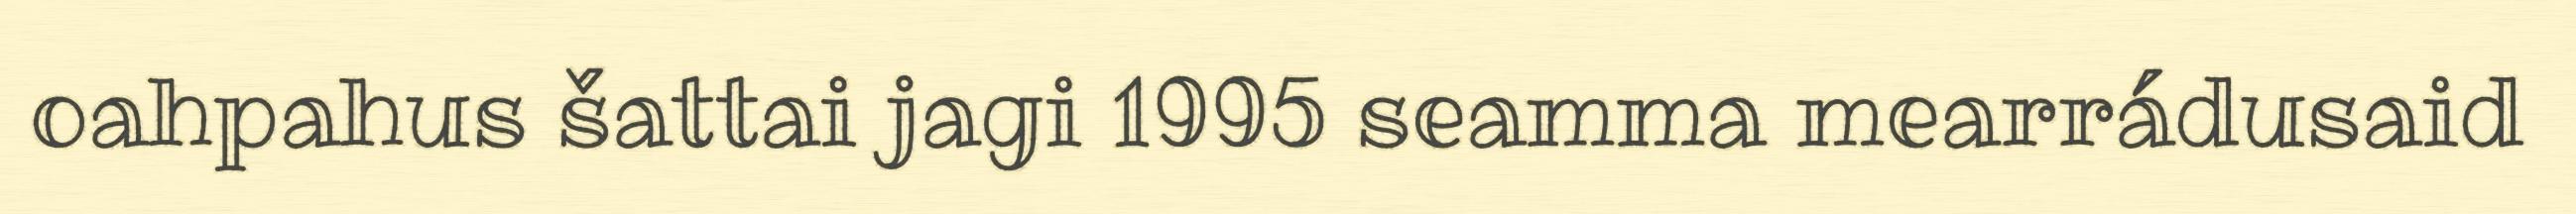
oahpahus šattai jagi 1995 seamma mearrádusaid